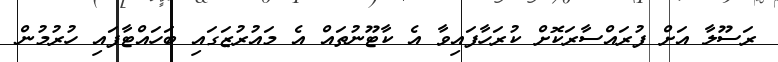
ރަސޫލާ އަށް ފުރައްސާރަކޮށް ކުރަހާފައިވާ އެ ކާޓޫނުތައް އެ މައުރުޒަގައި ބަހައްޓާފައި ހުރުމުން